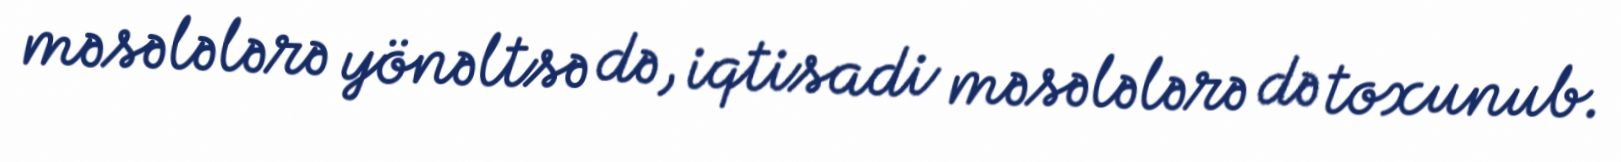
məsələlərə yönəltsə də, iqtisadi məsələlərə də toxunub.